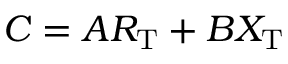
C = A R _ { \mathrm { T } } + B X _ { \mathrm { T } }